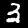
Label: 3